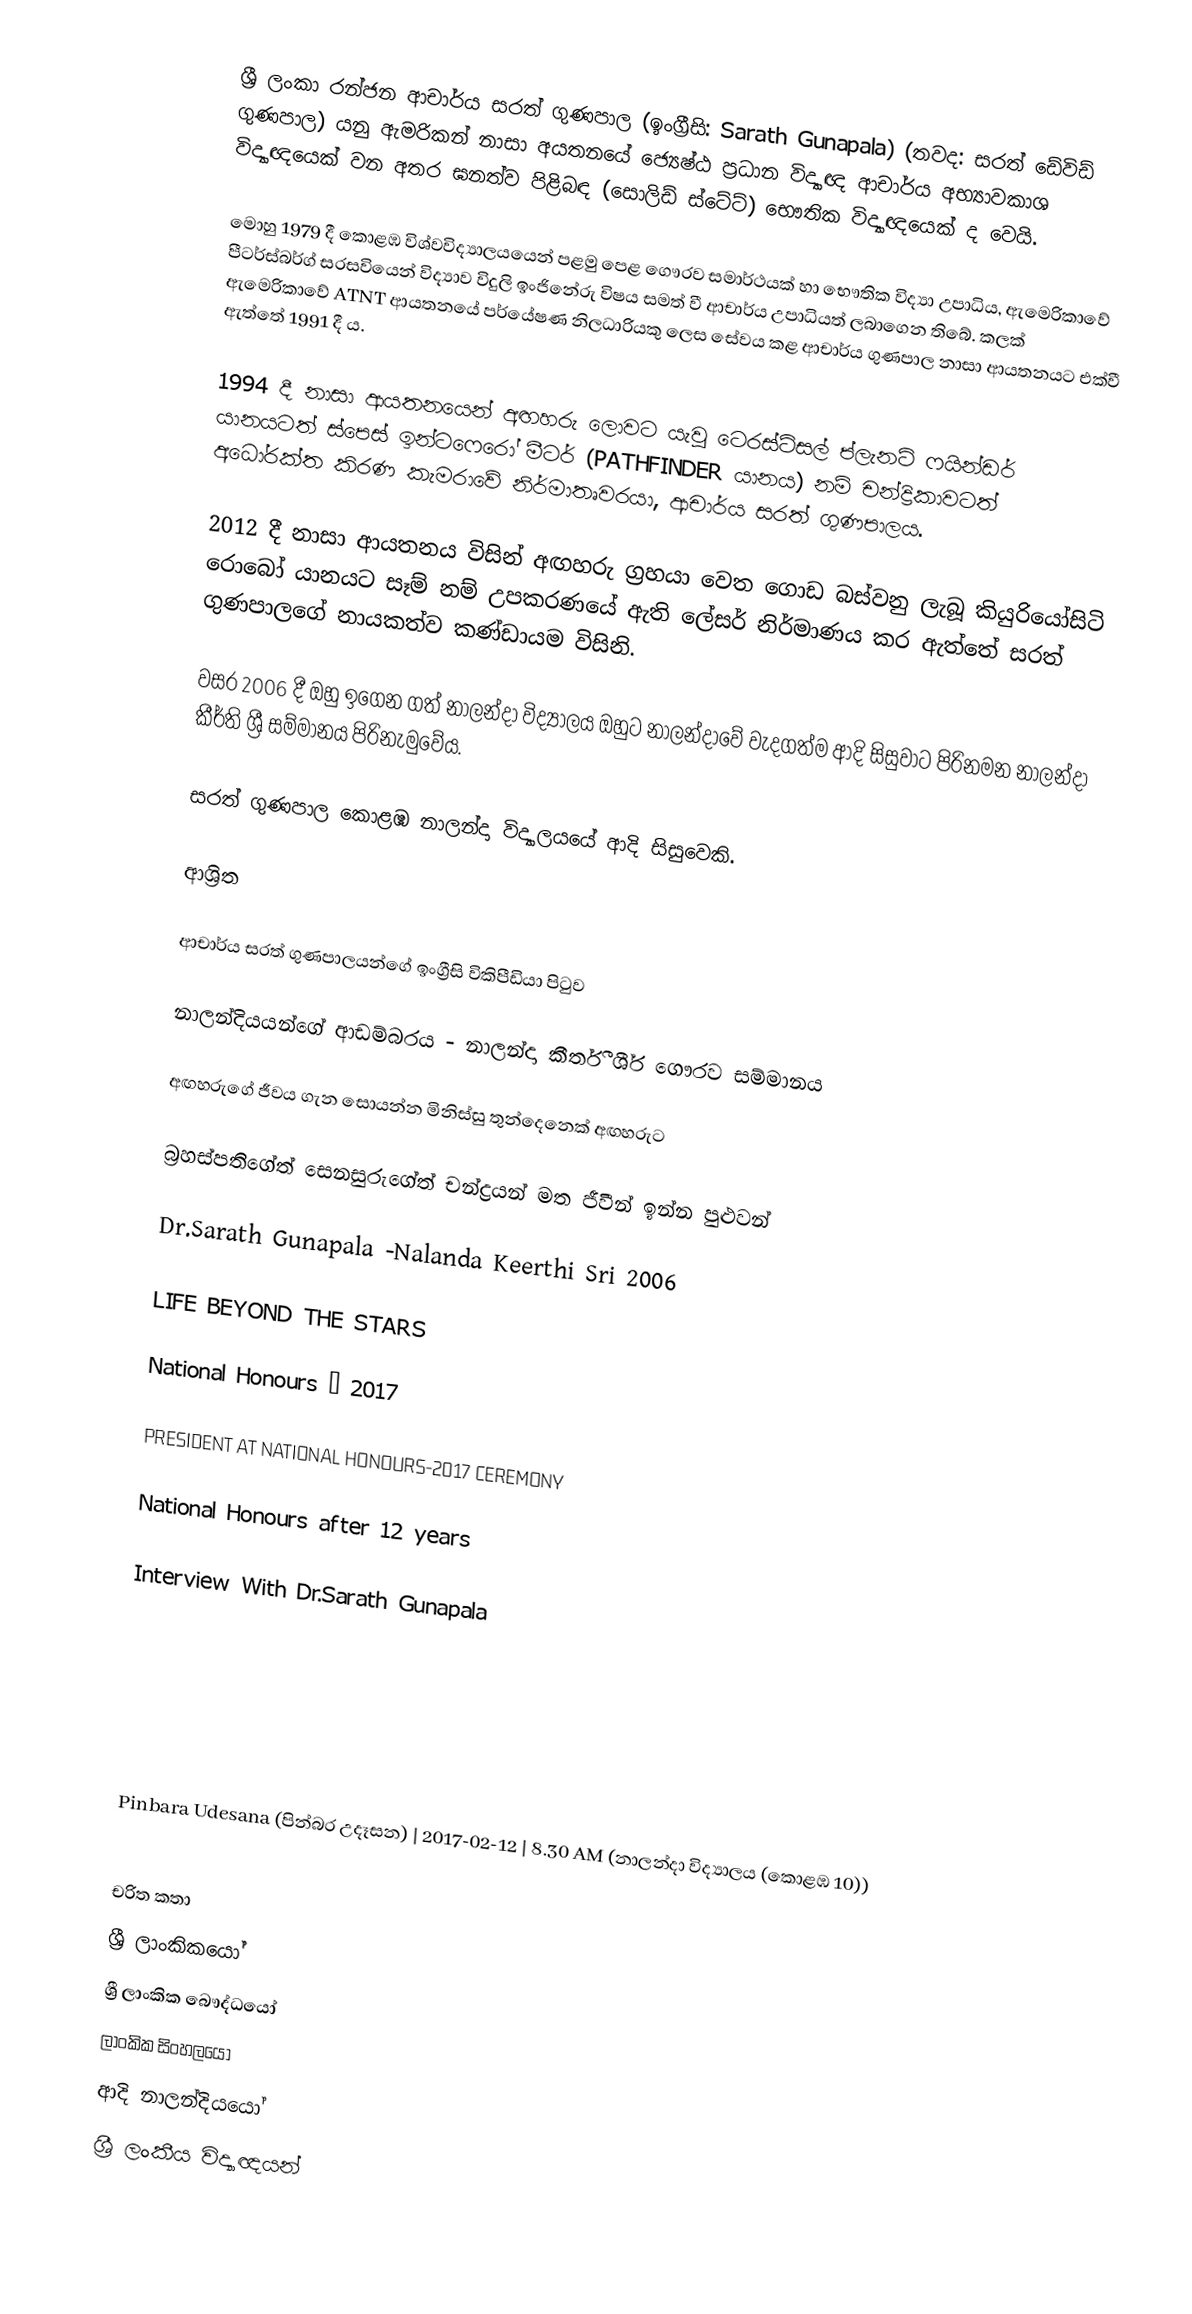
ශ්‍රී ලංකා රන්ජන ආචාර්ය සරත් ගුණපාල (ඉංග්‍රීසි: Sarath Gunapala) (තවද: සරත් ඩේවිඩ් ගුණපාල) යනු ඇමරිකන් නාසා අයතනයේ ජ්‍යෙෂ්ඨ ප්‍රධාන විද්‍යාඥ ආචාර්ය අභ්‍යාවකාශ විද්‍යාඥයෙක් වන අතර ඝනත්ව පිළිබඳ (සොලිඩ් ස්ටේට්) භෞතික විද්‍යාඥයෙක් ද වෙයි.

මොහු 1979 දී කොළඹ විශ්වවිද්‍යාලයයෙන් පළමු පෙළ ගෞරව සමාර්ථයක්‌ හා භෞතික විද්‍යා උපාධිය, ඇමෙරිකාවේ පීටර්ස්බර්ග් සරසවියෙන් විද්‍යාව විදුලි ඉංජිනේරු විෂය සමත් වී ආචාර්ය උපාධියත් ලබාගෙන තිබේ. කලක් ඇමෙරිකාවේ ATNT ආයතනයේ පර්යේෂණ නිලධාරියකු ලෙස සේවය කළ ආචාර්ය ගුණපාල නාසා ආයතනයට එක්වී ඇත්තේ 1991 දී ය.

1994 දී නාසා ආයතනයෙන් අඟහරු ලොවට යැවු ටෙරස්ටිසල් ප්ලැනට් ෆයින්ඩර් යානයටත් ස්පෙස් ඉන්ටෆෙරෝ මීටර් (PATHFINDER යානය) නම් චන්ද්‍රිකාවටත් අධෝරක්ත කිරණ කැමරාවේ නිර්මාතෘවරයා, ආචාර්ය සරත් ගුණපාලය.

2012 දී නාසා ආයතනය විසින් අඟහරු ග‍්‍රහයා වෙත ගොඩ බස්වනු ලැබූ කියුරියෝසිටි රොබෝ යානයට සෑම් නම් උපකරණයේ ඇති ලේසර් නිර්මාණය කර ඇත්තේ සරත් ගුණපාලගේ නායකත්ව කණ්ඩායම විසිනි.

වසර 2006 දී ඔහු ඉගෙන ගත් නාලන්දා විද්‍යාලය ඔහුට නාලන්දාවේ වැදගත්ම ආදි සිසුවාට පිරිනමන නාලන්දා කීර්ති ශ්‍රී සම්මානය පිරිනැමුවේය.

සරත් ගුණපාල  කොළඹ නාලන්දා විද්‍යාලයයේ ආදි සිසුවෙකි.

ආශ්‍රිත

  ආචාර්ය සරත් ගුණපාලයන්ගේ ඉංග්‍රීසි විකිපීඩියා පිටුව

 නාලන්දියයන්ගේ ආඩම්බරය - නාලන්දා කීර්තී ශී‍්‍ර ගෞරව සම්මානය

 අඟහරුගේ ජීවය ගැන සොයන්න මිනිස්සු තුන්දෙනෙක් අඟහරුට

  බ්‍රහස්පතිගේත් සෙනසුරුගේත් චන්ද්‍රයන් මත ජීවීන් ඉන්න පුළුවන්

 Dr.Sarath Gunapala -Nalanda Keerthi Sri 2006

 LIFE BEYOND THE STARS

 National Honours – 2017

 PRESIDENT AT NATIONAL HONOURS-2017 CEREMONY

 National Honours after 12 years

  Interview With Dr.Sarath Gunapala

 Pinbara Udesana (පින්බර උදෑසන) | 2017-02-12 | 8.30 AM (නාලන්දා විද්‍යාලය (කොළඹ 10))

චරිත කතා
ශ්‍රී ලාංකිකයෝ
ශ්‍රී ලාංකික බෞද්ධයෝ
ලාංකික සිංහලයෝ
ආදි නාලන්දියයෝ
ශ්‍රී ලංකීය විද්‍යාඥයන්